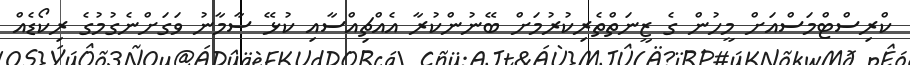
ކްރިސްޓްމަސްއަށް މީހުން ގެ ޒީނަތްތެރިކުރުމަށް ބޭނުންކުރާ އެއްޗިއްސާއި ކުޅޭ ސާމާނު ވަގަށްނެގުމުގެ ރިކޯޑެއް